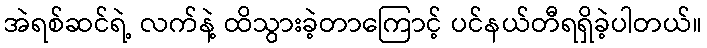
အဲရစ်ဆင်ရဲ့ လက်နဲ့ ထိသွားခဲ့တာကြောင့် ပင်နယ်တီရရှိခဲ့ပါတယ်။